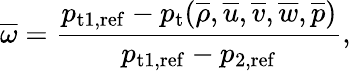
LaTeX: \overline{{\omega}}=\frac{p_{\mathrm{t}1,\mathrm{ref}}-p_{\mathrm{t}}(\overline{{\rho}},\overline{{u}},\overline{{v}},\overline{{w}},\overline{{p}})}{p_{\mathrm{t}1,\mathrm{ref}}-p_{2,\mathrm{ref}}},